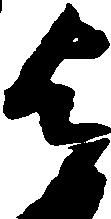
与